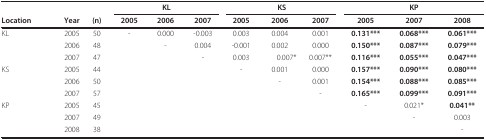
<table><thead><tr><td></td><td></td><td></td><td colspan="3"><b>KL</b></td><td colspan="3"><b>KS</b></td><td colspan="3"><b>KP</b></td></tr><tr><td><b>Location</b></td><td><b>Year</b></td><td><b>(n)</b></td><td><b>2005</b></td><td><b>2006</b></td><td><b>2007</b></td><td><b>2005</b></td><td><b>2006</b></td><td><b>2007</b></td><td><b>2005</b></td><td><b>2007</b></td><td><b>2008</b></td></tr></thead><tbody><tr><td>KL</td><td>2005</td><td>50</td><td>-</td><td>0.000</td><td>-0.003</td><td>0.003</td><td>0.004</td><td>0.001</td><td><b>0.131***</b></td><td><b>0.068***</b></td><td><b>0.061***</b></td></tr><tr><td></td><td>2006</td><td>48</td><td></td><td>-</td><td>0.004</td><td>-0.001</td><td>0.002</td><td>0.000</td><td><b>0.150***</b></td><td><b>0.087***</b></td><td><b>0.079***</b></td></tr><tr><td></td><td>2007</td><td>47</td><td></td><td></td><td>-</td><td>0.003</td><td>0.007*</td><td>0.007**</td><td><b>0.116***</b></td><td><b>0.055***</b></td><td><b>0.047***</b></td></tr><tr><td>KS</td><td>2005</td><td>44</td><td></td><td></td><td></td><td>-</td><td>0.001</td><td>0.000</td><td><b>0.157***</b></td><td><b>0.090***</b></td><td><b>0.080***</b></td></tr><tr><td></td><td>2006</td><td>50</td><td></td><td></td><td></td><td></td><td>-</td><td>0.001</td><td><b>0.154***</b></td><td><b>0.088***</b></td><td><b>0.085***</b></td></tr><tr><td></td><td>2007</td><td>57</td><td></td><td></td><td></td><td></td><td></td><td>-</td><td><b>0.165***</b></td><td><b>0.099***</b></td><td><b>0.091***</b></td></tr><tr><td>KP</td><td>2005</td><td>45</td><td></td><td></td><td></td><td></td><td></td><td></td><td>-</td><td>0.021*</td><td><b>0.041**</b></td></tr><tr><td></td><td>2007</td><td>49</td><td></td><td></td><td></td><td></td><td></td><td></td><td></td><td>-</td><td>0.003</td></tr><tr><td></td><td>2008</td><td>38</td><td></td><td></td><td></td><td></td><td></td><td></td><td></td><td></td><td>-</td></tr></tbody></table>